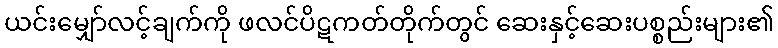
ယင်းမျှော်လင့်ချက်ကို ဖလင်ပိဋကတ်တိုက်တွင် ဆေးနှင့်ဆေးပစ္စည်းများ၏